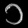
Digit: ၁